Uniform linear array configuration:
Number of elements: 24
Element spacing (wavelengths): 0.75
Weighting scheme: cosine
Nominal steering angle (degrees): -60
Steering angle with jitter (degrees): -59.075
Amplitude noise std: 0.05
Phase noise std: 0.05

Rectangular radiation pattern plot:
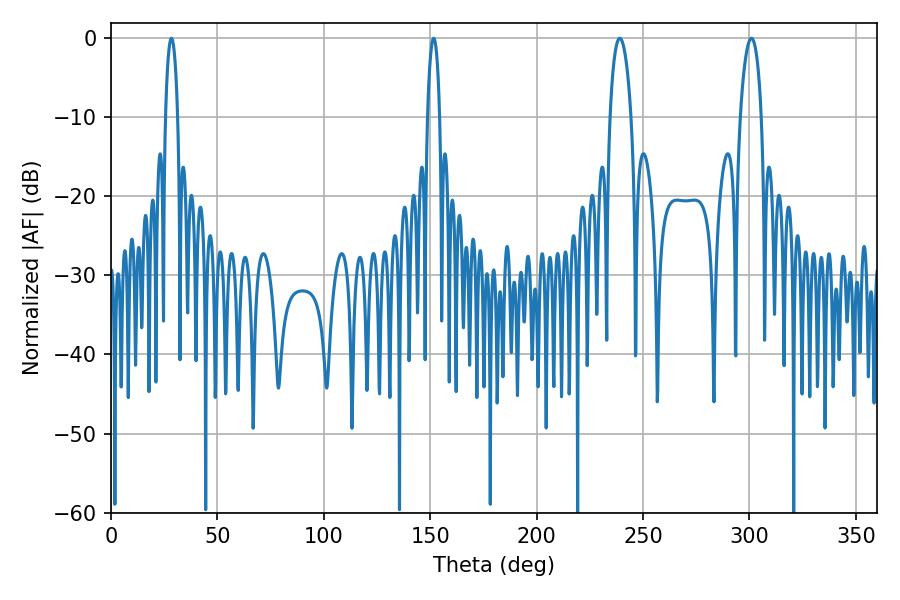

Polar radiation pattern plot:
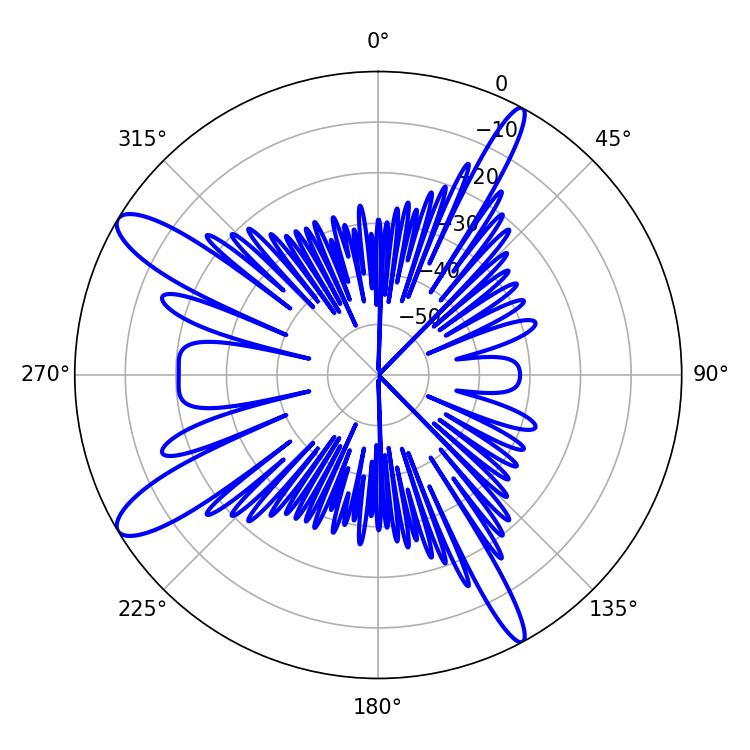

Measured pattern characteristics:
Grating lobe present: TRUE
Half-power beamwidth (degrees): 5.58
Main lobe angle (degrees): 239.04